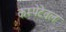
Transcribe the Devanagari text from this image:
कम्पेटेवल